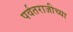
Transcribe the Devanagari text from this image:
पर्वतराजीच्या